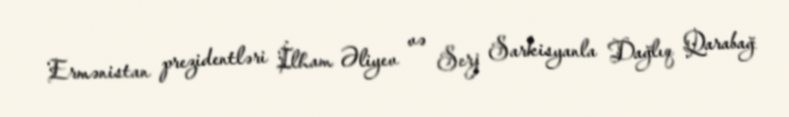
Ermənistan prezidentləri İlham Əliyev və Serj Sarkisyanla Dağlıq Qarabağ